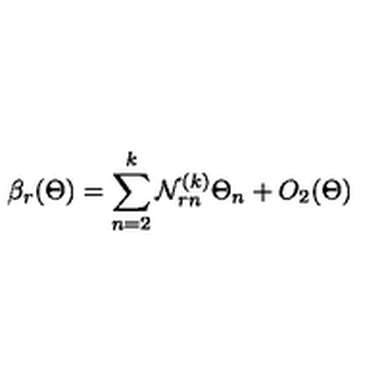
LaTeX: \beta _ { r } ( \Theta ) = \sum _ { n = 2 } ^ { k } { \cal N } _ { r n } ^ { ( k ) } \Theta _ { n } + O _ { 2 } ( \Theta )